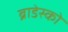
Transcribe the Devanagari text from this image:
ब्राडेस्को